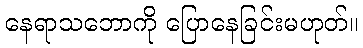
နေရာသဘောကို ပြောနေခြင်းမဟုတ်။